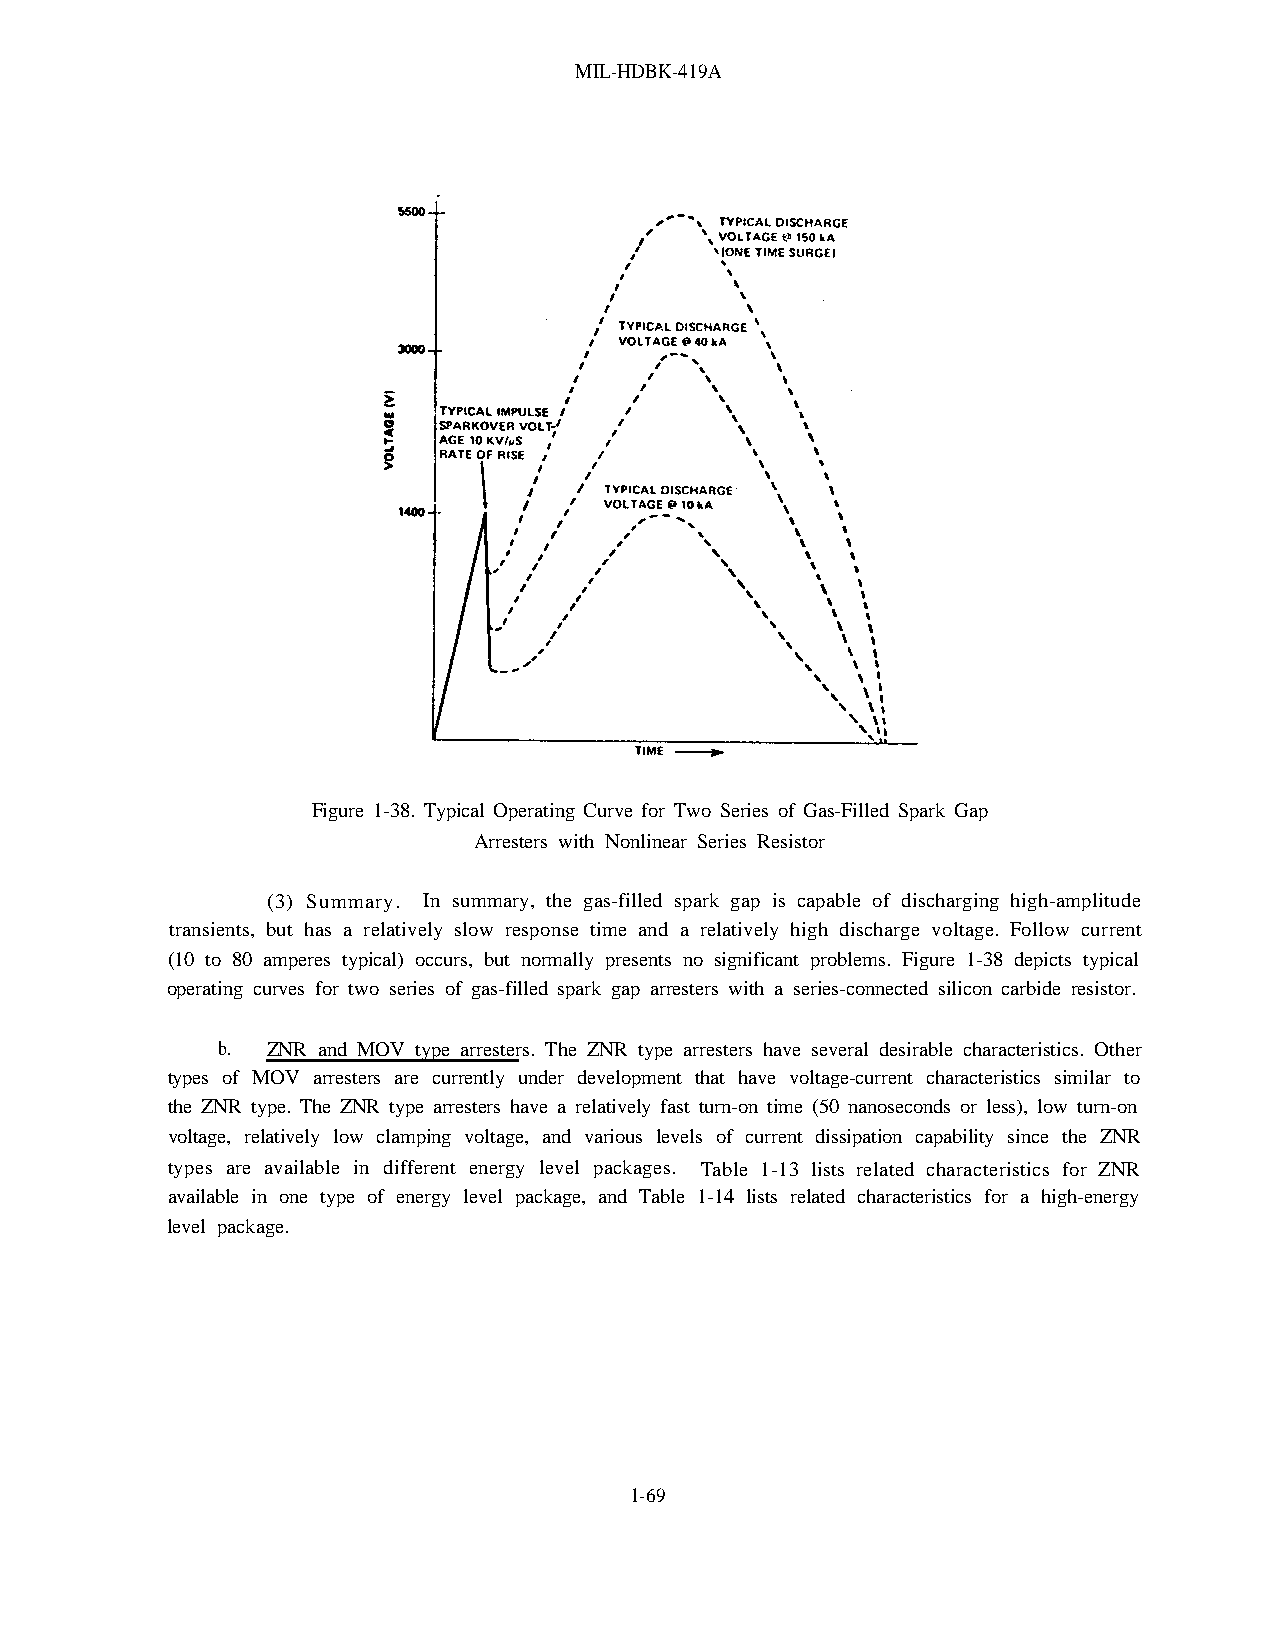
MIL-HDBK-419A
 Figure 1-38. Typical Operating Curve for Two Series of Gas-Filled Spark Gap
 Arresters with Nonlinear Series Resistor
 (3) Summary. In summary, the gas-filled spark gap is capable of discharging high-amplitude
 transients, but has a relatively slow response time and a relatively high discharge voltage. Follow current
 (10 to 80 amperes typical) occurs, but normally presents no significant problems. Figure 1-38 depicts typical
 operating curves for two series of gas-filled spark gap arresters with a series-connected silicon carbide resistor.
 b.  ZNR and MOV type arresters. The ZNR type arresters have several desirable characteristics. Other
 types of MOV arresters are currently under development that have voltage-current characteristics similar to
 the ZNR type. The ZNR type arresters have a relatively fast turn-on time (50 nanoseconds or less), low turn-on
 voltage, relatively low clamping voltage, and various levels of current dissipation capability since the ZNR
 types are available in different energy level packages. Table 1-13 lists related characteristics for ZNR
 available in one type of energy level package, and Table 1-14 lists related characteristics for a high-energy
 level package.
 1-69